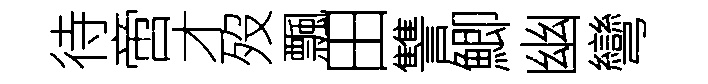
待啻才歿飄田讐鯽幽彎